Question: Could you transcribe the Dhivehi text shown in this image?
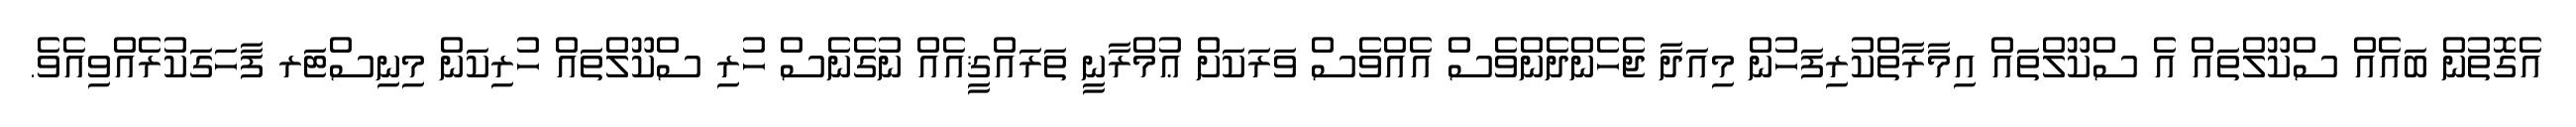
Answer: އެގޮތުން ބައެއް ސްކޫލްތައް އެ ސްކޫލްތައް އިމާރާތްކުރިފަހުން މިއަދާ ޖެހެންދެންވެސް އެއްވެސް ވަރަކަށް ޢުމްރާނީ ތަރައްޤީއެއް ނުގެނެސް ހުރި ސްކޫލްތައް ހުރިކަން މިނިސްޓަރ ފާހަގަކުރެއްވިއެވެ.